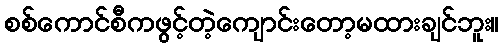
စစ်ကောင်စီကဖွင့်တဲ့ကျောင်းတော့မထားချင်ဘူး။